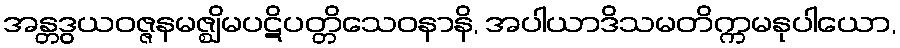
အန္တဒွယဝဇ္ဇနမဇ္ဈိမပဋိပတ္တိသေဝနာနိ, အပါယာဒိသမတိက္ကမနုပါယော,